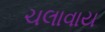
ચલાવાય